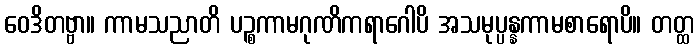
ဝေဒိတဗ္ဗာ။ ကာမသညာတိ ပဉ္စကာမဂုဏိကရာဂေါပိ အသမုပ္ပန္နကာမစာရောပိ။ တတ္ထ